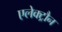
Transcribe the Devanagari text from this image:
एलेक्ट्रौन